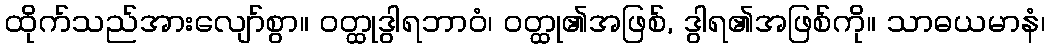
ထိုက်သည်အားလျော်စွာ။ ဝတ္ထုဒွါရဘာဝံ၊ ဝတ္ထု၏အဖြစ်, ဒွါရ၏အဖြစ်ကို။ သာဓယမာနံ၊